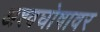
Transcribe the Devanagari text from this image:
अश्वघोषावर